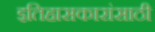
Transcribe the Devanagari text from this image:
इतिहासकारांसाठी